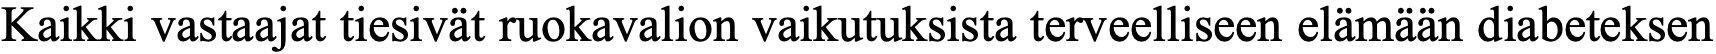
Kaikki vastaajat tiesivät ruokavalion vaikutuksista terveelliseen elämään diabeteksen